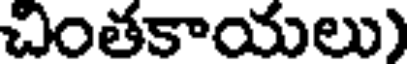
చింతకాయలు)